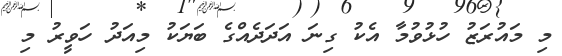
މި މައުރަޒު ހުޅުވުމާ އެކު ގިނަ އަދަދެއްގެ ބަޔަކު މިއަދު ހަވީރު މި